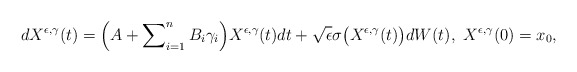
\begin{align*} dX^{\epsilon,\gamma}(t) = \Bigl (A + \sum\nolimits_{i=1}^n B_i \gamma_i\Bigr)X^{\epsilon,\gamma}(t) dt + \sqrt{\epsilon} \sigma\bigl(X^{\epsilon,\gamma}(t)\bigr) dW(t), \,\, X^{\epsilon,\gamma}(0)=x_0, \end{align*}